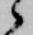
候